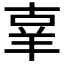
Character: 𦍬